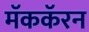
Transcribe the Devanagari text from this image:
मॅककॅरन